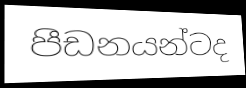
පීඩනයන්ටද